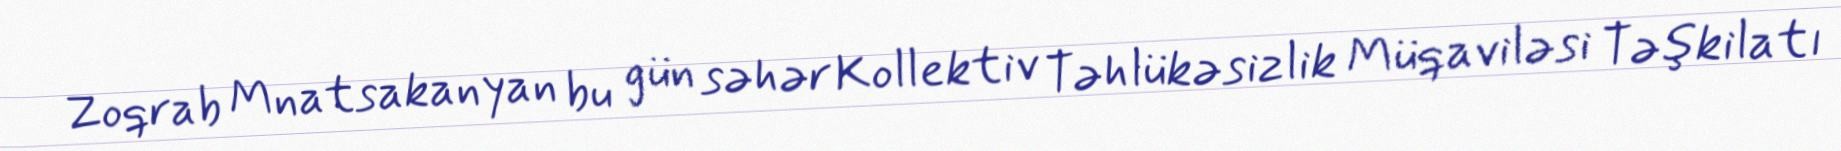
Zoqrab Mnatsakanyan bu gün səhər Kollektiv Təhlükəsizlik Müqaviləsi Təşkilatı